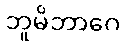
ဘူမိဘာဂေ